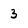
Character: 3